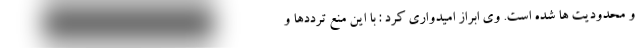
و محدودیت ها شده است. وی ابراز امیدواری کرد : با این منع ترددها و